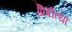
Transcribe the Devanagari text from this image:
प्रिबीत्या